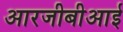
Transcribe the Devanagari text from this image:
आरजीबीआई